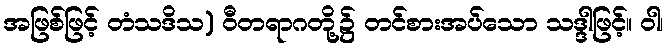
အဖြစ်ဖြင့် တံသဒိသ) ဝီတရာဂတို့၌ တင်စားအပ်သော သဒ္ဒါဖြင့်။ ဝါ၊